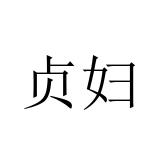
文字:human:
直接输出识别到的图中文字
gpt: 贞妇